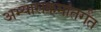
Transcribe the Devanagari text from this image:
अभ्यासक्रमांतर्गत